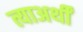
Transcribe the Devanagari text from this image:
त्याअर्थीं